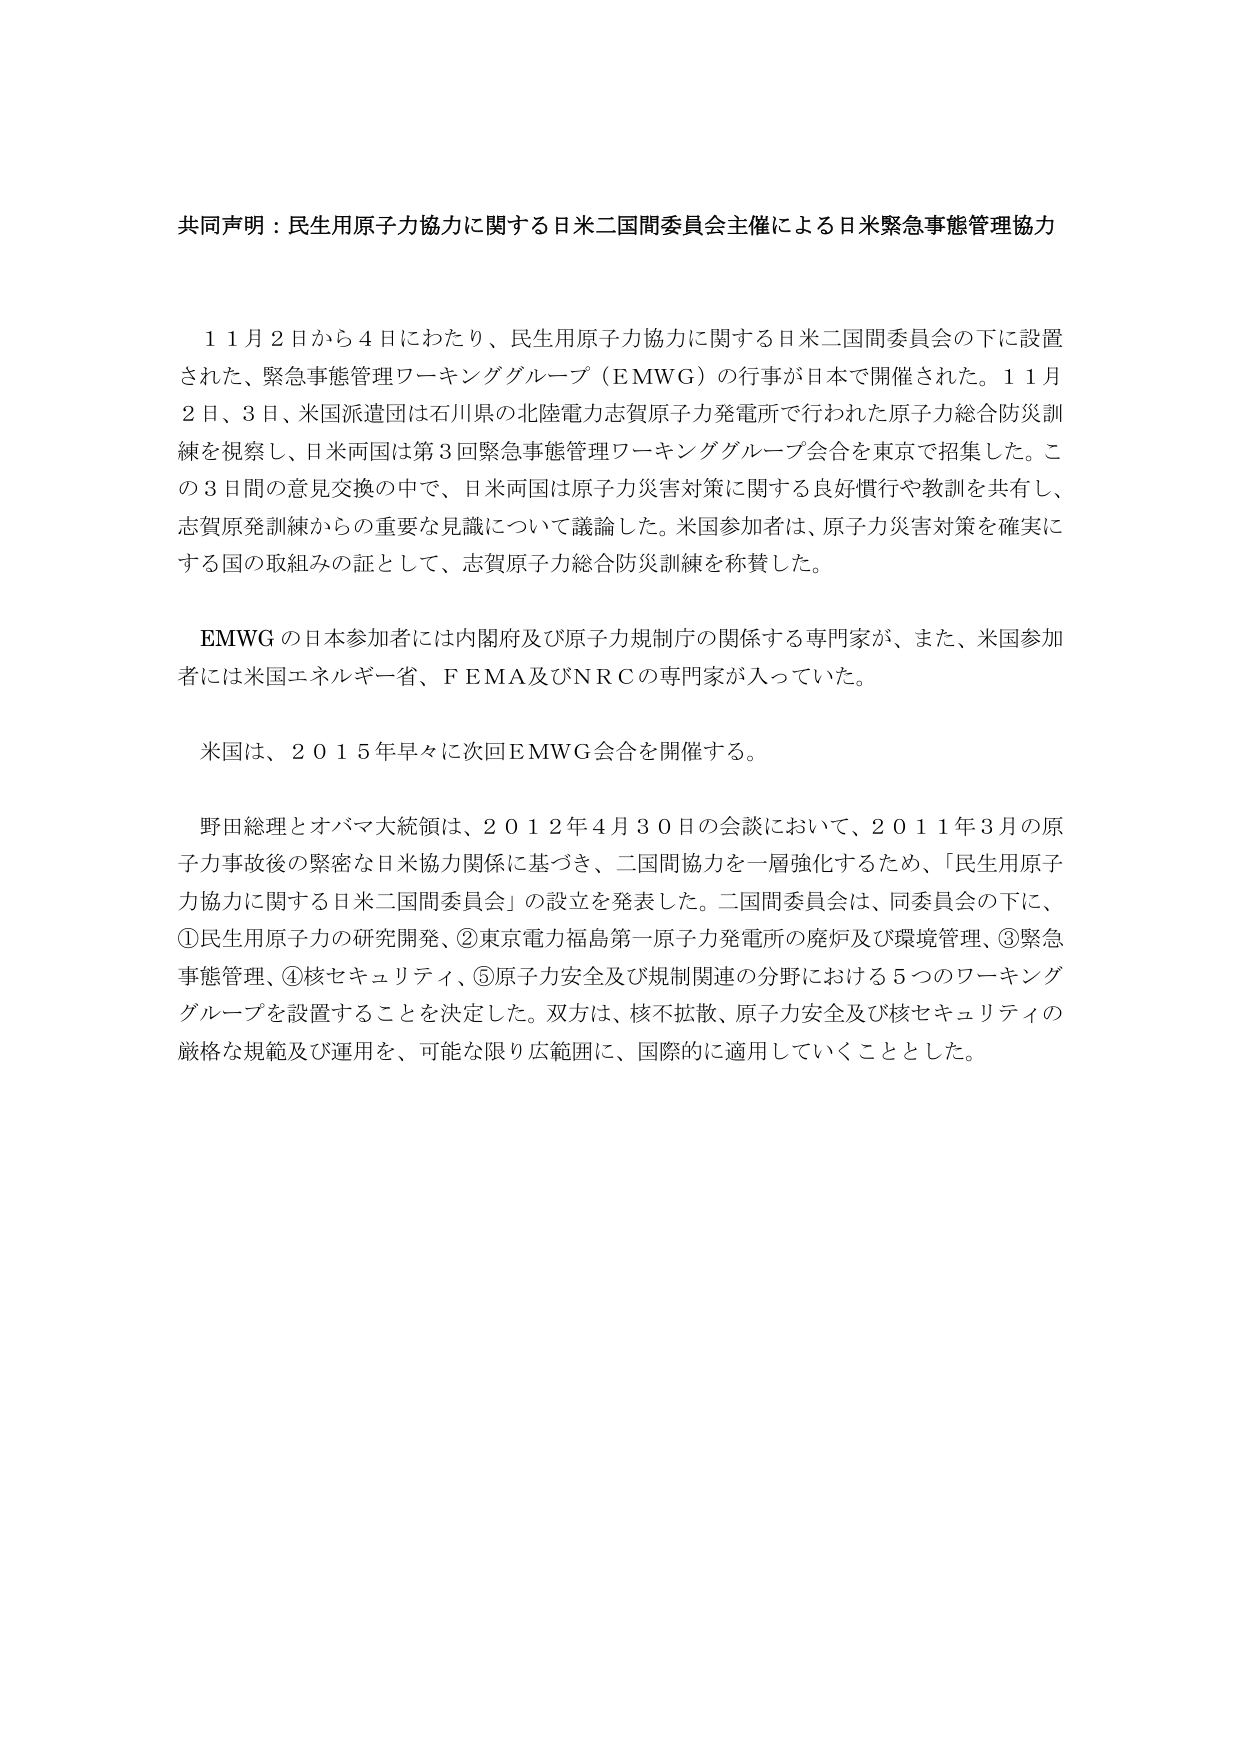
共同声明：民生用原子力協力に関する日米二国間委員会主催による日米緊急事態管理協力

１１月２日から４日にわたり、民生用原子力協力に関する日米二国間委員会の下に設置された、緊急事態管理ワーキンググループ（EMWG）の行事が日本で開催された。１１月２日、３日、米国派遣団は石川県の北陸電力志賀原子力発電所で行われた原子力総合防災訓練を視察し、日米両国は第３回緊急事態管理ワーキンググループ会合を東京で招集した。この３日間の意見交換の中で、日米両国は原子力災害対策に関する良好慣行や教訓を共有し、志賀原発訓練からの重要な見識について議論した。米国参加者は、原子力災害対策を確実にする国の取組みの証として、志賀原子力総合防災訓練を称賛した。

EMWG の日本参加者には内閣府及び原子力規制庁の関係する専門家が、また、米国参加者には米国エネルギー省、FEMA及びNRCの専門家が入っていた。

米国は、２０１５年早々に次回EMWG会合を開催する。

野田総理とオバマ大統領は、２０１２年４月３０日の会談において、２０１１年３月の原子力事故後の緊密な日米協力関係に基づき、二国間協力を一層強化するため、「民生用原子力協力に関する日米二国間委員会」の設立を発表した。二国間委員会は、同委員会の下に、①民生用原子力の研究開発、②東京電力福島第一原子力発電所の廃炉及び環境管理、③緊急事態管理、④核セキュリティ、⑤原子力安全及び規制関連の分野における５つのワーキンググループを設置することを決定した。双方は、核不拡散、原子力安全及び核セキュリティの厳格な規範及び運用を、可能な限り広範囲に、国際的に適用していくこととした。